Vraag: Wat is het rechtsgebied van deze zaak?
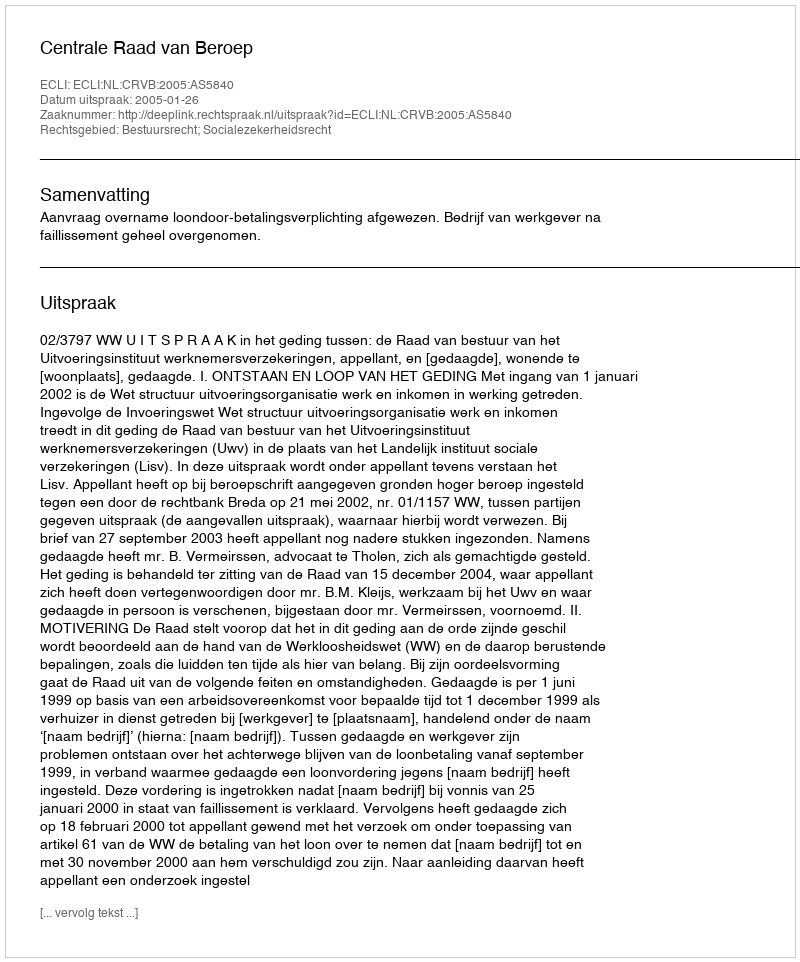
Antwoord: Bestuursrecht; Socialezekerheidsrecht